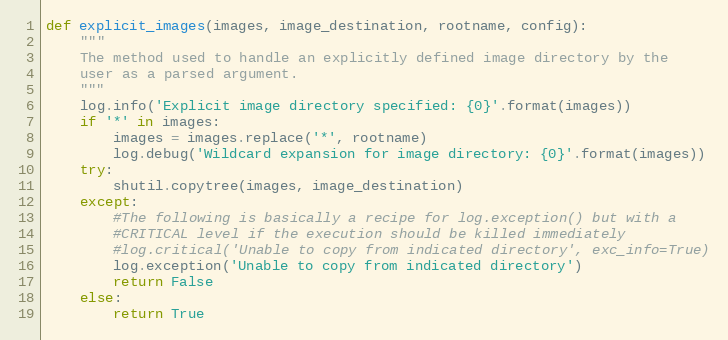
Language: Python
def explicit_images(images, image_destination, rootname, config):
    """
    The method used to handle an explicitly defined image directory by the
    user as a parsed argument.
    """
    log.info('Explicit image directory specified: {0}'.format(images))
    if '*' in images:
        images = images.replace('*', rootname)
        log.debug('Wildcard expansion for image directory: {0}'.format(images))
    try:
        shutil.copytree(images, image_destination)
    except:
        #The following is basically a recipe for log.exception() but with a
        #CRITICAL level if the execution should be killed immediately
        #log.critical('Unable to copy from indicated directory', exc_info=True)
        log.exception('Unable to copy from indicated directory')
        return False
    else:
        return True